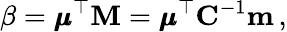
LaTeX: \beta=\pmb{\mu}^{\top}\mathbf{M}=\pmb{\mu}^{\top}\mathbf{C}^{-1}\mathbf{m}\, ,